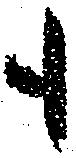
も